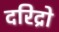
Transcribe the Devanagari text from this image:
दरिद्रो